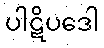
ပါဋိပဒေါ